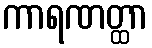
ကာရဏတ္ထာ